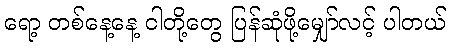
ရော့ တစ်နေ့နေ့ ငါတို့တွေ ပြန်ဆုံဖို့မျှော်လင့် ပါတယ်